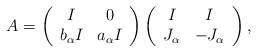
\begin{align*}A= \left(\begin{array}{cc} I & 0\\ b_{\alpha}I & a_{\alpha}I\\ \end{array}\right)\left(\begin{array}{cc} I & I\\ J_{\alpha} & -J_{\alpha}\\ \end{array}\right),\end{align*}